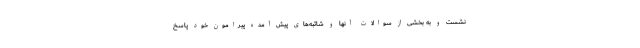
نشست و به بخشی از سوالات آنها و شائبه‌های پیش آمده پیرامون خود پاسخ